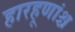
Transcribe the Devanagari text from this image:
हारहूणांश्च